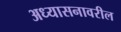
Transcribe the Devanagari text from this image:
अध्यासनावरील